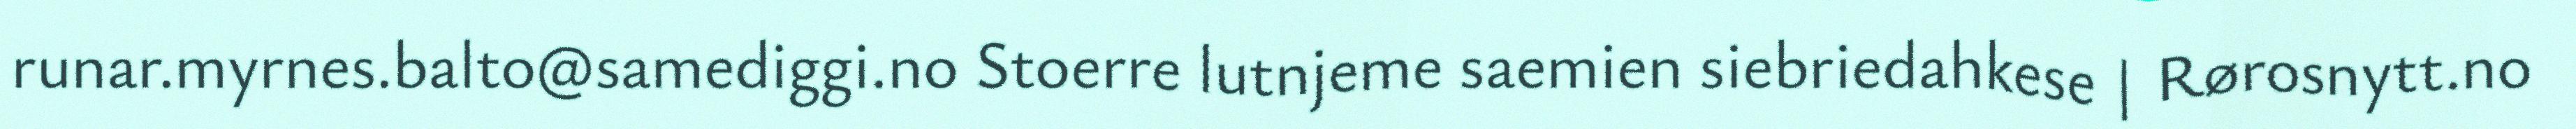
runar.myrnes.balto@samediggi.no Stoerre lutnjeme saemien siebriedahkese | Rørosnytt.no